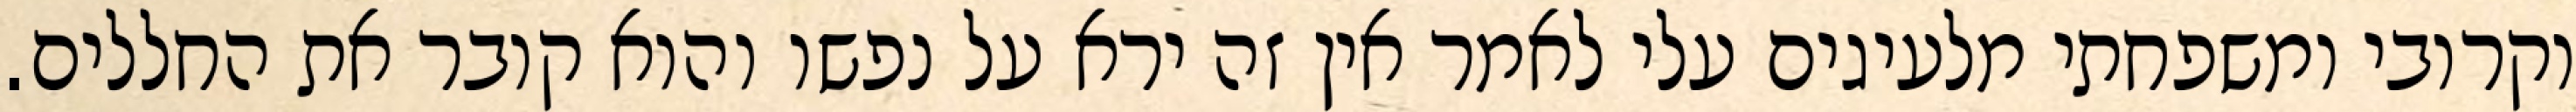
וקרובי ומשפחתי מלעיגים עלי לאמר אין זה ירא על נפשו והוא קובר את החללים.